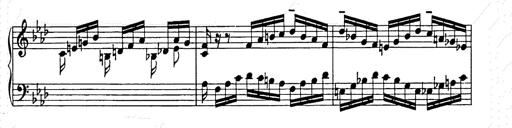
Title: Weinen, Klagen, Sorgen, Zagen
Composer: Franz Liszt